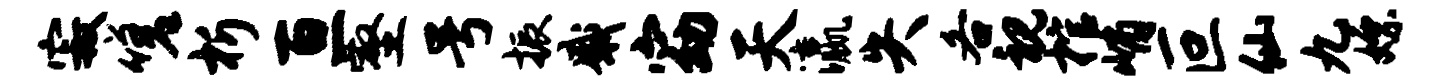
寂嗟析亘壑号振感窈天瀛失各视棺峭叵仙九嫖